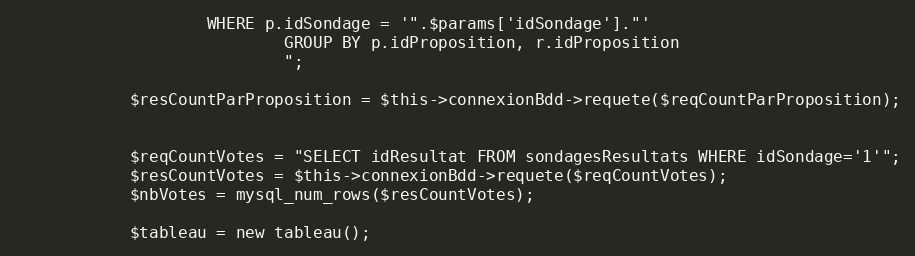
Language: PHP
					WHERE p.idSondage = '".$params['idSondage']."'
							GROUP BY p.idProposition, r.idProposition
							";

			$resCountParProposition = $this->connexionBdd->requete($reqCountParProposition);

			$reqCountVotes = "SELECT idResultat FROM sondagesResultats WHERE idSondage='1'";
			$resCountVotes = $this->connexionBdd->requete($reqCountVotes);
			$nbVotes = mysql_num_rows($resCountVotes);

			$tableau = new tableau();